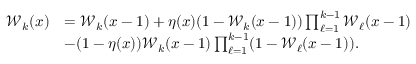
\begin{array} { r l } { \mathcal { W } _ { k } ( x ) } & { = \mathcal { W } _ { k } ( x - 1 ) + \eta ( x ) ( 1 - \mathcal { W } _ { k } ( x - 1 ) ) \prod _ { \ell = 1 } ^ { k - 1 } \mathcal { W } _ { \ell } ( x - 1 ) } \\ & { - ( 1 - \eta ( x ) ) \mathcal { W } _ { k } ( x - 1 ) \prod _ { \ell = 1 } ^ { k - 1 } ( 1 - \mathcal { W } _ { \ell } ( x - 1 ) ) . } \end{array}